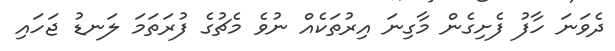
ދެވަނަ ހާފު ފެށިގެން މާގިނަ އިރުތަކެއް ނުވެ މެޗުގެ ފުރަތަމަ ލަނޑު ޖަހައި